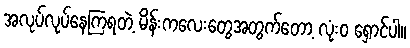
အလုပ်လုပ်နေကြရတဲ့ မိန်းကလေးတွေအတွက်တော့ လုံးဝ ရှောင်ပါ။